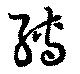
縛